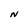
Character: N